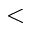
<